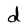
Character: d